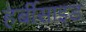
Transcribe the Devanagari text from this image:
हर्बीसाइड